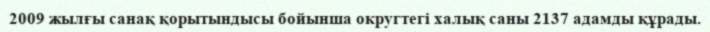
2009 жылғы санақ қорытындысы бойынша округтегі халық саны 2137 адамды құрады.